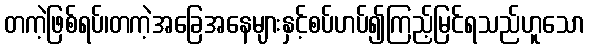
တကဲ့ဖြစ်ရပ်၊တကဲ့အခြေအနေများနှင့်စပ်ဟပ်၍ကြည့်မြင်ရသည်ဟူသော